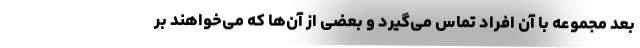
بعد مجموعه با آن افراد تماس می‌گیرد و بعضی از آن‌ها که می‌خواهند بر